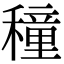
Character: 穜